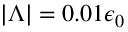
| \Lambda | = 0 . 0 1 \epsilon _ { 0 }